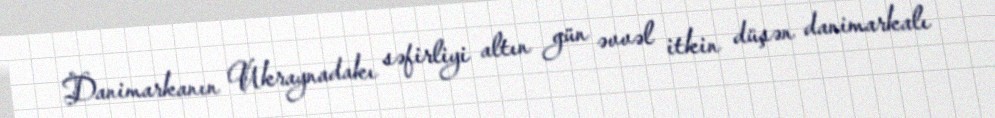
Danimarkanın Ukraynadakı səfirliyi altın gün əvvəl itkin düşən danimarkalı